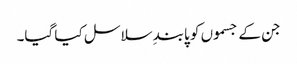
جن کے جسموں کو پابندِ سلاسل کیا گیا۔